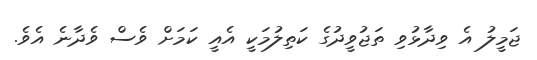
ޖަމީލު އެ ވިދާޅުވި ތަޖުވީދުގެ ކަތިލުމަކީ އެއީ ކަމަށް ވެސް ވެދާނެ އެވެ.